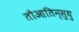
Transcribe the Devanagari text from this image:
तौआतिन्सुयु